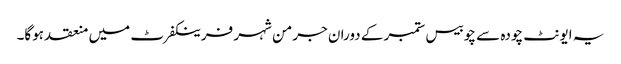
یہ ایونٹ چودہ سے چوبیس ستمبر کے دوران جرمن شہر فرینکفرٹ میں منعقد ہوگا۔